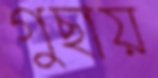
গুছায়